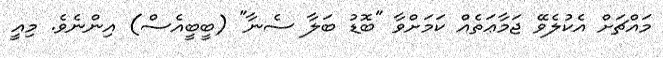
މައްޗަށް އެކުލެވޭ ޖަމާޢަތެއް ކަމަށްވާ "ބޮޑު ބަލާ ސެނާ" (ބީބީއެސް) އިންނެވެ. މިއީ